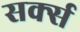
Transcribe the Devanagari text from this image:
सर्क्स